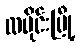
လမိုင်းမြို့